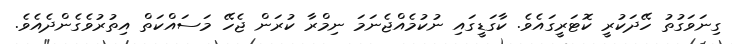
ގިނަވަގުތު ހޭދަކުރީ ކޮޓަރީގައެވެ. ކާގަޑީގައި ނުކުމެއްޖެނަމަ ނިމްރާ ކުރަން ޖެހޭ މަސައްކަތް އިތުރުވެގެންދެއެވެ.